65_HS1-834228961_62-HQ-83894_Serial_164
Agency: FBI
Page 74
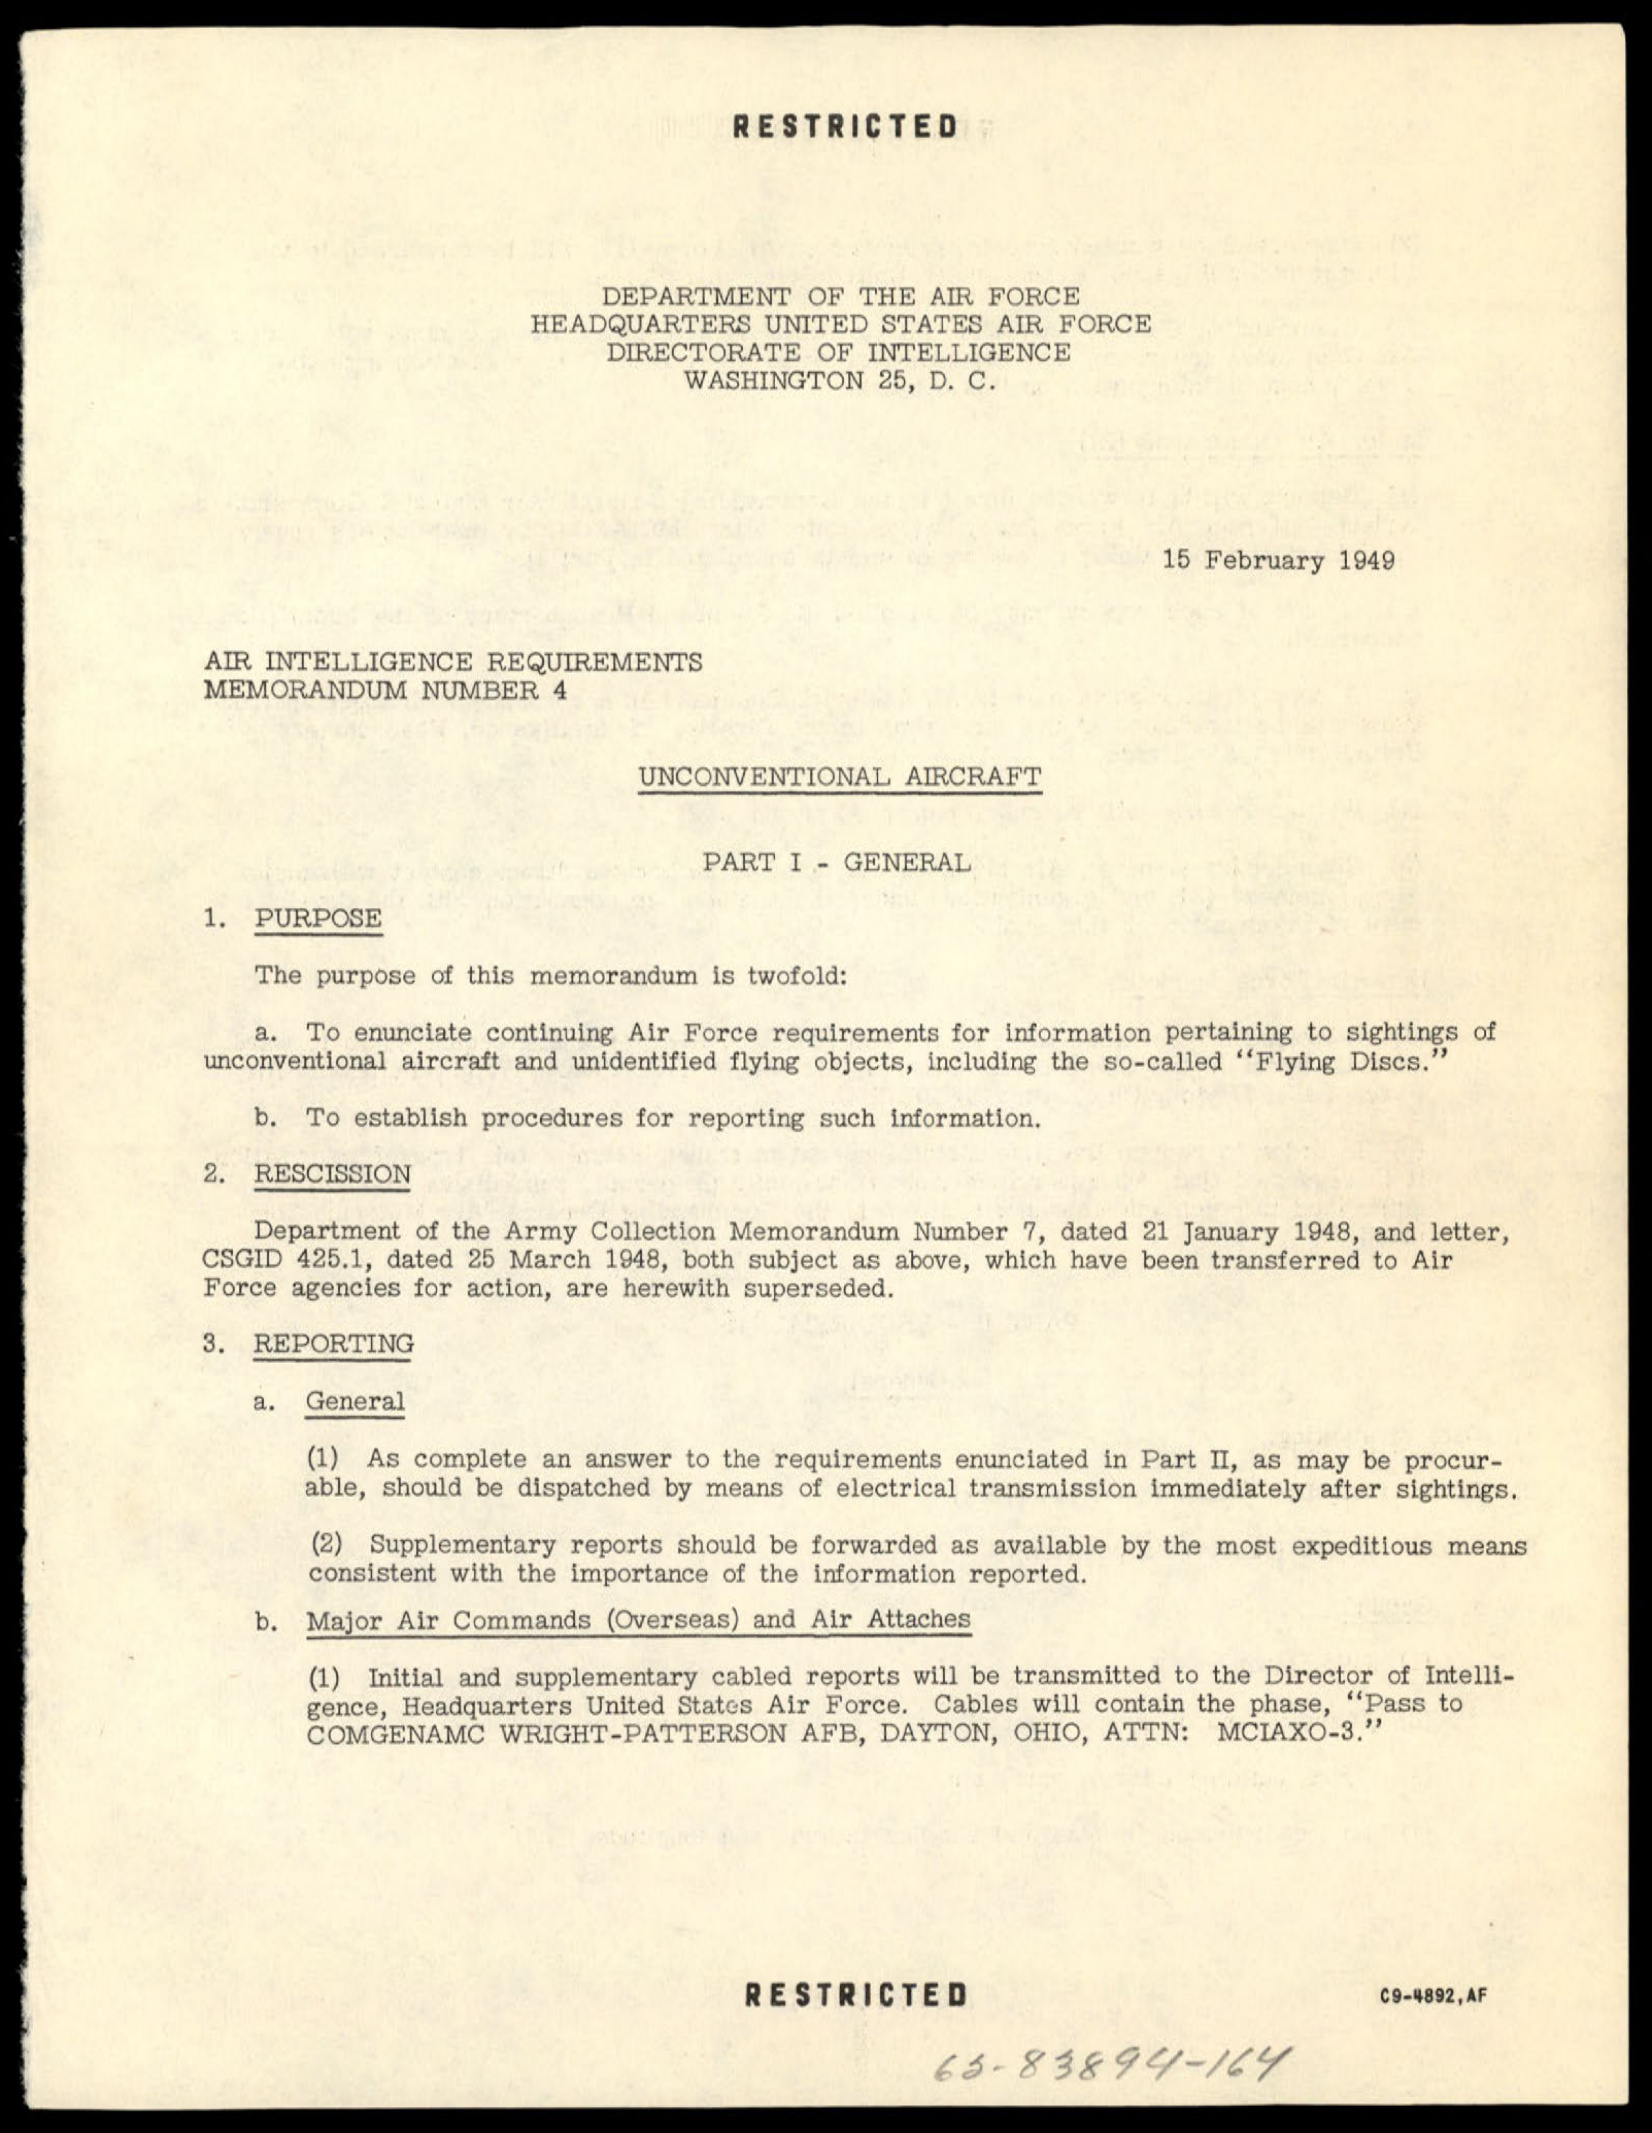